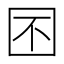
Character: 囨